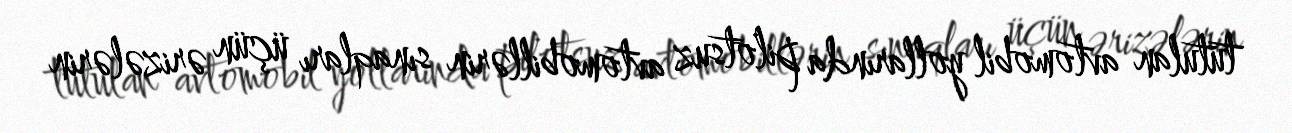
tutulan avtomobil yollarında pilotsuz avtomobillərin sınaqları üçün ərizələrin